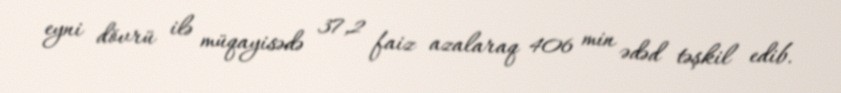
eyni dövrü ilə müqayisədə 37,2 faiz azalaraq 406 min ədəd təşkil edib.